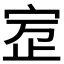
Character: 𰌾